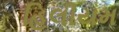
હિલીયમ